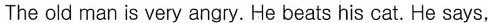
The old man is very angry. He beats his cat. He says,